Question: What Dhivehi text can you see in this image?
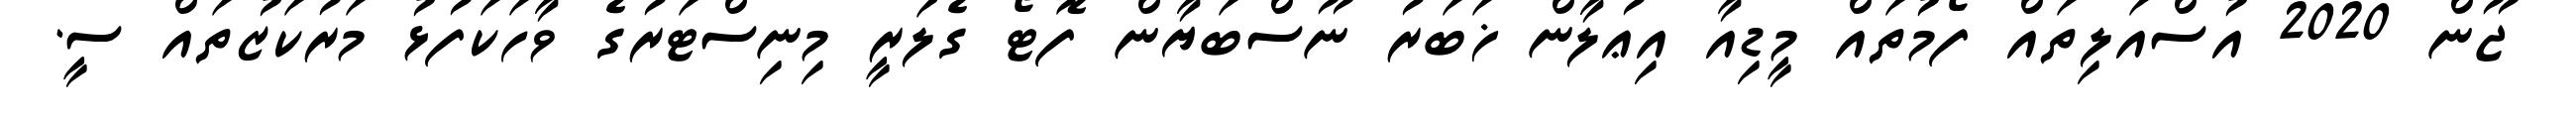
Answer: ޖޫން 2020 އުސްއަލިތައް ފޯމުތައް މީޑިއާ އިޢުލާން ޚަބަރު ނޫސްބަޔާން ފޮޓޯ ގެލަރީ މިނިސްޓަރުގެ ވާހަކަފުޅު މަރުކަޒުތައް ސީ.